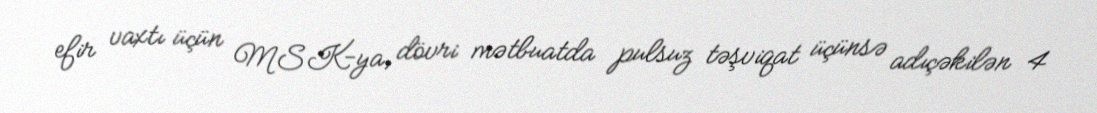
efir vaxtı üçün MSK-ya, dövri mətbuatda pulsuz təşviqat üçünsə adıçəkilən 4